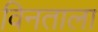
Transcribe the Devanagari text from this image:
विनताला